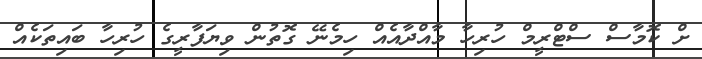
ށް ކޮމާސް ސްޓްރީމް ހުރިހާ މާއްދާއެއް ހިމެނޭ ގޮތުން ވިޔަފާރީގެ ހުރިހާ ބައިތަކެއް